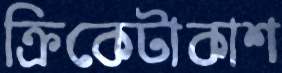
ক্রিকেটাকাশ